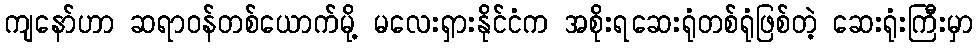
ကျနော်ဟာ ဆရာဝန်တစ်ယောက်မို့ မလေးရှားနိုင်ငံက အစိုးရဆေးရုံတစ်ရုံဖြစ်တဲ့ ဆေးရုံးကြီးမှာ